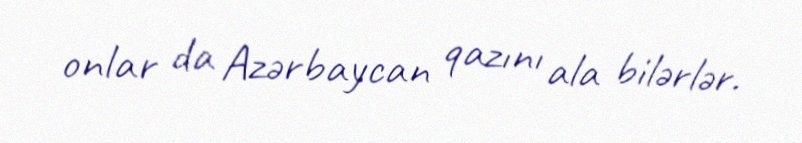
onlar da Azərbaycan qazını ala bilərlər.